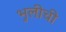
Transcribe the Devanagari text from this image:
भुलीची